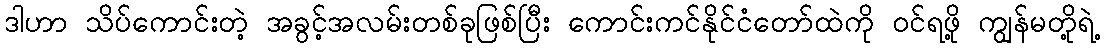
ဒါဟာ သိပ်ကောင်းတဲ့ အခွင့်အလမ်းတစ်ခုဖြစ်ပြီး ကောင်းကင်နိုင်ငံတော်ထဲကို ဝင်ရဖို့ ကျွန်မတို့ရဲ့